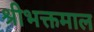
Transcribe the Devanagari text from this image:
श्रीभक्तमाल